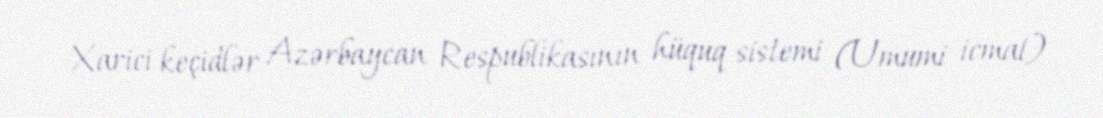
Xarici keçidlər Azərbaycan Respublikasının hüquq sistemi (Umumi icmal)